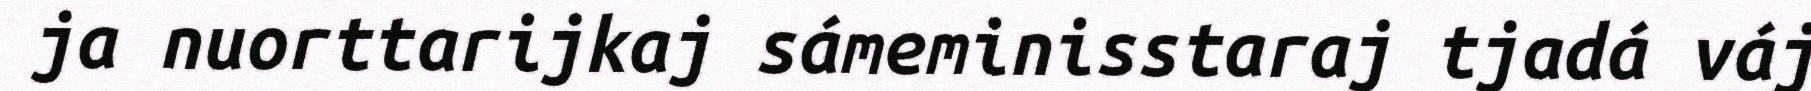
ja nuorttarijkaj sámeminisstaraj tjadá váj